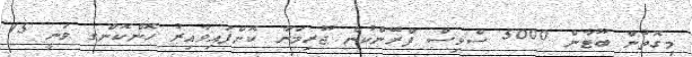
މިގޮތުން ބޫޓާން 5000 ސްވިސް ފްރޭންކުން ޖޫރިމަނާ ކޮށްފައިވާއިރު ހޮންކޮންގ ވަނީ 15